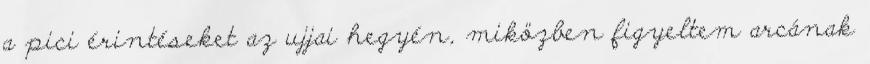
a pici érintéseket az ujjai hegyén, miközben figyeltem arcának